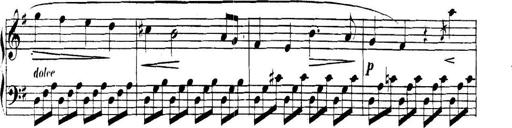
Title: Collected Piano Sonatas
Composer: Muzio Clementi